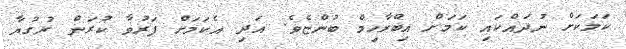
ކަމަކަށް ނުދައްކައި ކަމަށް އިބްރާހިމް ބުންޏެވެ. އަދި އެކަމަށް ފަރުވާ ކުރަން ރުގުޔާ